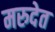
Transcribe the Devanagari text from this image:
मरुदेत